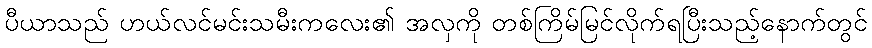
ပီယာသည် ဟယ်လင်မင်းသမီးကလေး၏ အလှကို တစ်ကြိမ်မြင်လိုက်ရပြီးသည့်နောက်တွင်